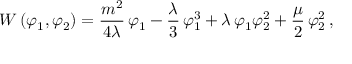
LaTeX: { \cal W } \, ( \varphi _ { 1 } , \varphi _ { 2 } ) = \frac { m ^ { 2 } } { 4 \lambda } \, \varphi _ { 1 } - \frac { \lambda } { 3 } \, \varphi _ { 1 } ^ { 3 } + \lambda \, \varphi _ { 1 } \varphi _ { 2 } ^ { 2 } + \frac { \mu } { 2 } \, \varphi _ { 2 } ^ { 2 } \, ,